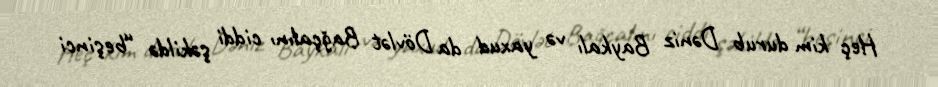
Heç kim durub Dəniz Baykalı və yaxud da Dövlət Bağçalını ciddi şəkildə “beşinci